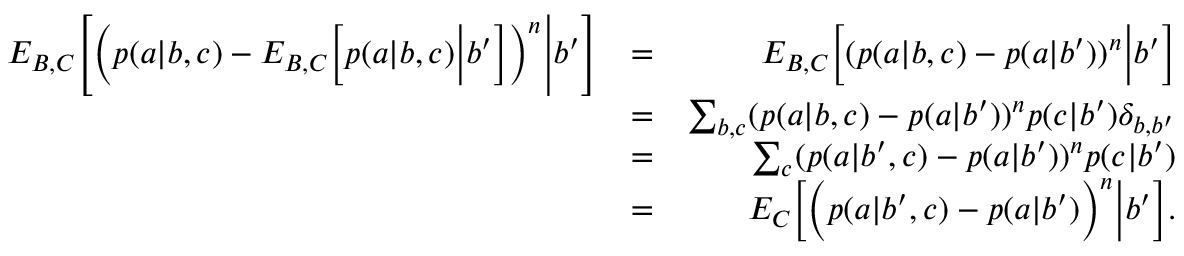
\begin{array} { r l r } { { E } _ { B , C } \Bigg [ \Big ( p ( a | b , c ) - { E } _ { B , C } \Big [ p ( a | b , c ) \Big | b ^ { \prime } \Big ] \Big ) ^ { n } \Bigg | b ^ { \prime } \Bigg ] } & { = } & { { E } _ { B , C } \Big [ ( p ( a | b , c ) - p ( a | b ^ { \prime } ) ) ^ { n } \Big | b ^ { \prime } \Big ] } \\ & { = } & { \sum _ { b , c } ( p ( a | b , c ) - p ( a | b ^ { \prime } ) ) ^ { n } p ( c | b ^ { \prime } ) \delta _ { b , b ^ { \prime } } } \\ & { = } & { \sum _ { c } ( p ( a | b ^ { \prime } , c ) - p ( a | b ^ { \prime } ) ) ^ { n } p ( c | b ^ { \prime } ) } \\ & { = } & { { E } _ { C } \Big [ \Big ( p ( a | b ^ { \prime } , c ) - p ( a | b ^ { \prime } ) \Big ) ^ { n } \Big | b ^ { \prime } \Big ] . } \end{array}